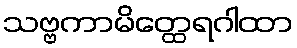
သဗ္ဗကာမိတ္ထေရဂါထာ